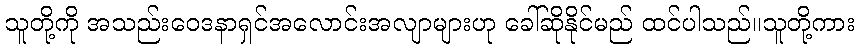
သူတို့ကို အသည်းဝေဒနာရှင်အလောင်းအလျာများဟု ခေါ်ဆိုနိုင်မည် ထင်ပါသည်။သူတို့ကား